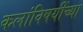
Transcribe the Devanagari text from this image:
कलांविषयींच्या